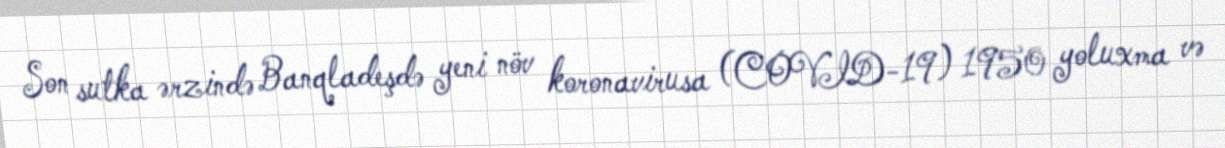
Son sutka ərzində Banqladeşdə yeni növ koronavirusa (COVID-19) 1950 yoluxma və